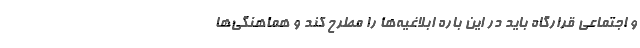
و اجتماعی قرارگاه باید در این باره ابلاغیه‌ها را مطرح کند و هماهنگی‌ها